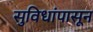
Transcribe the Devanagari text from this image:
सुविधांपासून